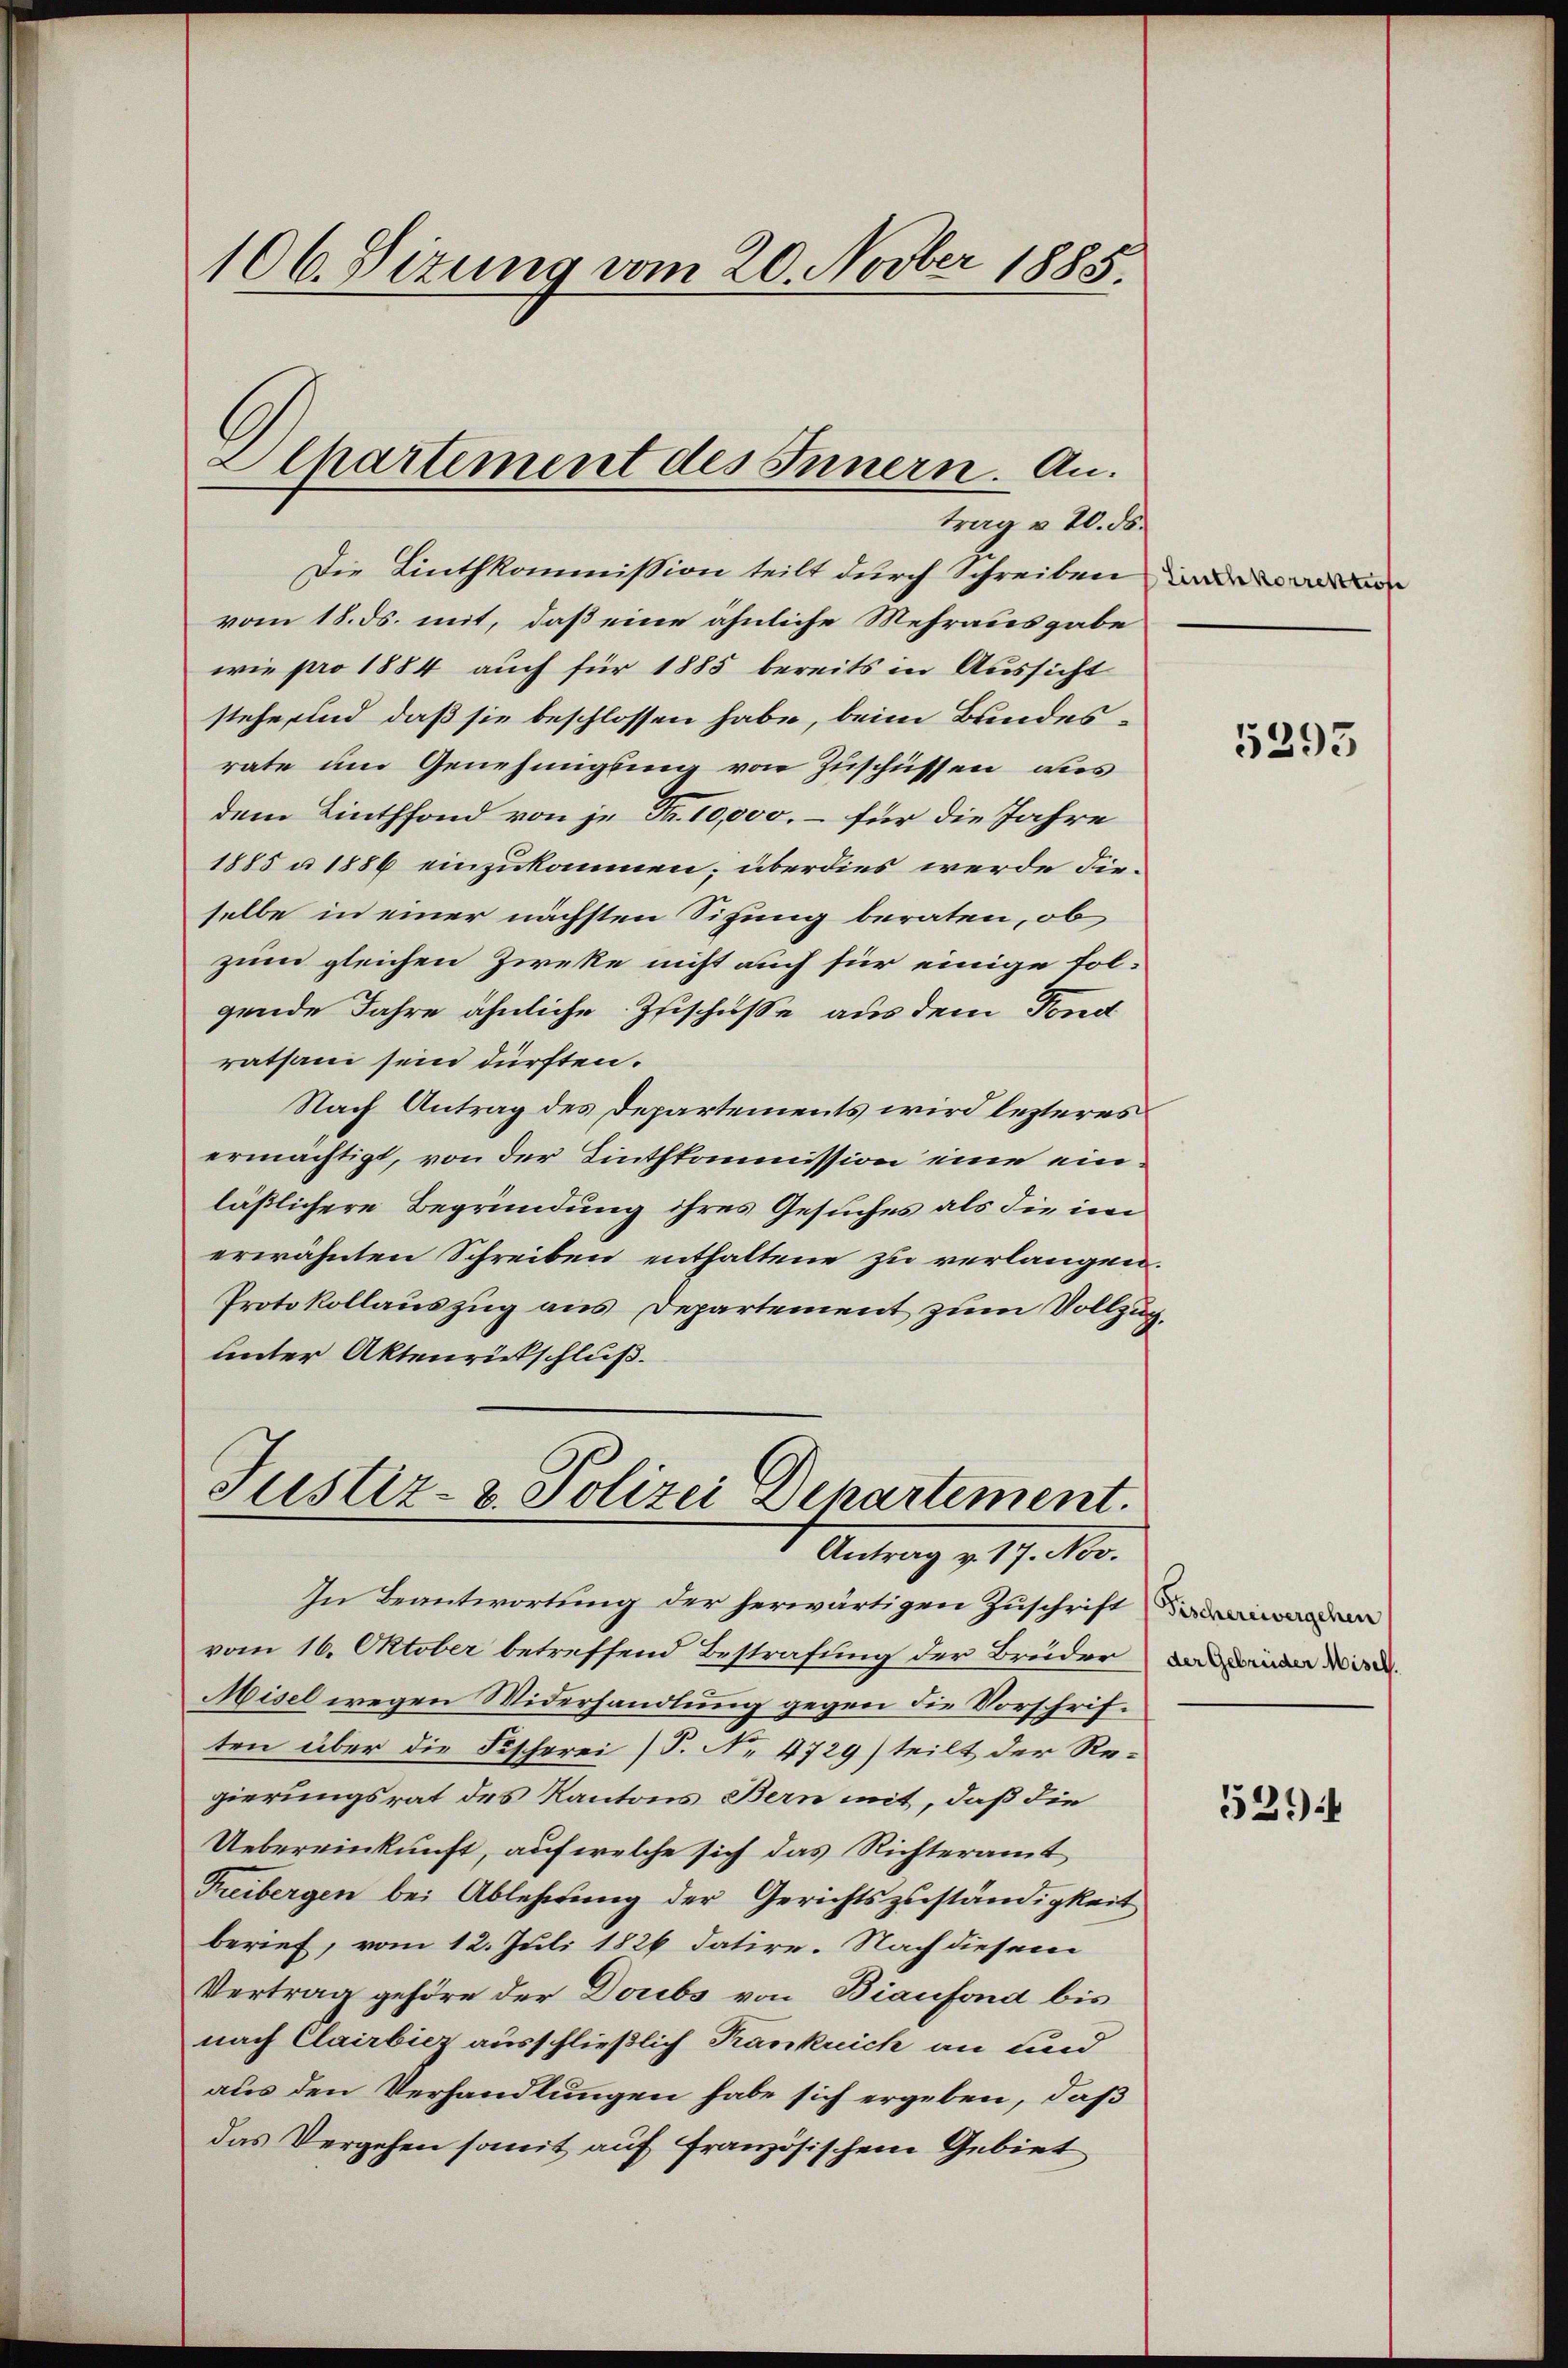
106. Sizung vom 20. Novber 1885.

Alpartement des Innern. Antrag v. 20. ds.

Die Linthkommission teilt durch Schreiben
vom 18. ds. mit, daß eine ähnliche Mehrausgabe
wie pro 1884 auch für 1885 bereits in Aussicht
stehe und daß sie beschlossen habe, beim Bundesrate um Genehmigung von Zuschüssen, aus
dem Linthfond von je Fr. 10,000. – für die Jahre
1885 n 1886 einzukommen; überdies werde dieselbe in einer nächsten Sitzung beraten, ob
zum gleichen Zieke nicht auch für einige fol-
gende Jahre ähnliche Zuschüsse aus dem Fond
rathan sein dürften.
Nach Antrag des Departements wird lezteres
ermächtigt, von der Linthkommission eine einläßlichere Begründung ihres Gesuches als die in
erwähnten Schreiben enthaltene zu verlangen.
Protokollauszug aus Departement zum Vollzug.
unter Aktenrückschluß.
Justiz- & Polizei Departement.

Antrag v. 17. Nov.

In Beantwortung der herwärtigen Zuschrift
vom 16. Oktober betreffend Bestrafung der Brüder
Misel wegen Widerhandlung gegen die Vorschriften über die Fischerei (T. No 4729) teilt der Regierungsrat des Kantons Bern mit, daß die
Uebereinkunft, auf welche sich das Richteramt
Freibergen bei Ablehnung der Gerichtszuständigkeit
berief, vom 12. Juli 1826 datire. Nach diesem
Vertrag gehöre der Doribs von Biaufond bis
nach Clairbicz ausschließlich Krankuich an und
aus den Verhandlungen habe sich ergeben, daß
das Vergehen somit auf französischen Gebiet

5393

Fischereivergehen
der Gebrüder Misch.

529